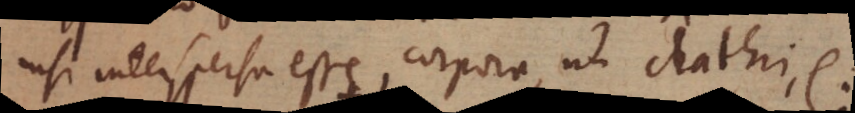
nisi interspersa esse corpora, ut clathri, etc.